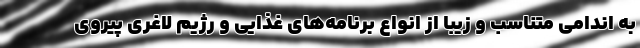
به اندامی متناسب و زیبا از انواع برنامه‌های غذایی و رژیم لاغری پیروی